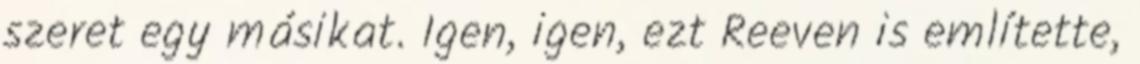
szeret egy másikat. Igen, igen, ezt Reeven is említette,